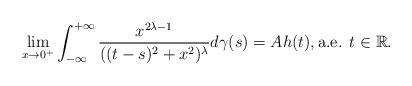
LaTeX: \begin{align*}\lim_{x\rightarrow 0^+}\int_{-\infty }^{+\infty }\frac{x^{2\lambda -1}}{((t-s)^2+x^2)^\lambda }d\gamma (s)=Ah(t),\mbox{a.e. }t\in \mathbb{R}.\end{align*}